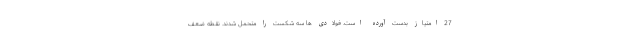
27 امتیاز بدست آورده است. فولادی ها سه شکست را متحمل شدند. نقطه ضعف